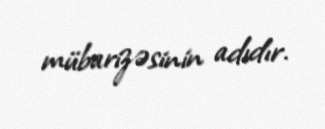
mübarizəsinin adıdır.